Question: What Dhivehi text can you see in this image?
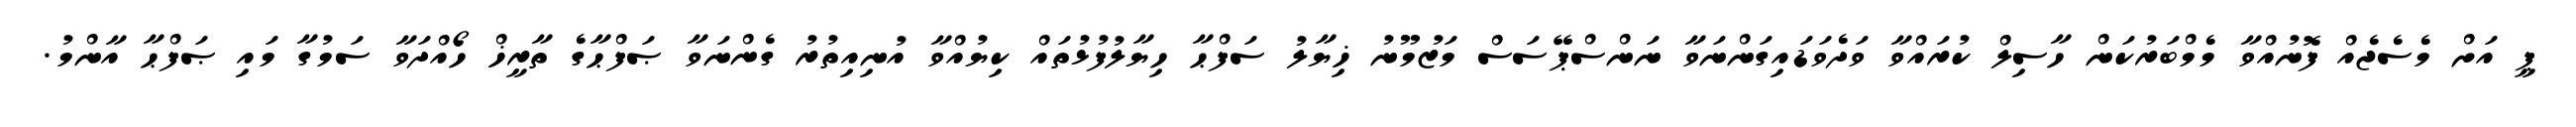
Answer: ޕީ އަށް މެސެޖެއް ފޮނުއްވާ މެމްބަރުކަން ހާސިލް ކުރައްވާ ވަދެވަޑައިގަންނަވާ ނަންސްޕޭސަސް މަޒުމޫނު ޚިޔާލު ސަފްޙާ ހިޔާލުފުޅުތައް ކިޔުއްވާ އުނިއިތުރު ގެންނަވާ ޞަފްޙާގެ ތާރީޚް ހޯއްދަވާ ސަމުގާ މައި ޞަފްޙާ އާންމު.